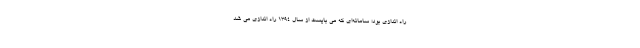
راه اندازی بود؛ سامانه‌ای که می بایست از سال ۱۳۹۴ راه اندازی می شد